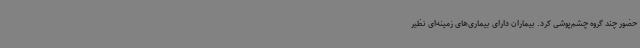
حضور چند گروه چشم‌پوشی کرد. بیماران دارای بیماری‌های زمینه‌ای نظیر